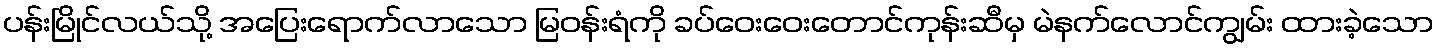
ပန်းမြိုင်လယ်သို့ အပြေးရောက်လာသော မြဝန်းရံကို ခပ်ဝေးဝေးတောင်ကုန်းဆီမှ မဲနက်လောင်ကျွမ်း ထားခဲ့သော